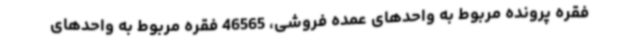
فقره پرونده مربوط به واحدهای عمده فروشی، 46565 فقره مربوط به واحدهای